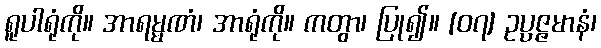
ရူပါရုံကို။ အာရမ္မဏံ၊ အာရုံကို။ ကတွာ၊ ပြု၍။ [၀၇] ဥပ္ပဇ္ဇမာနံ၊